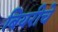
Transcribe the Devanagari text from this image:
बियरीचे